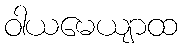
ဝါယမေယျာထ